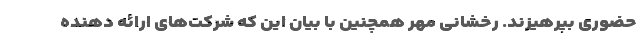
حضوری بپرهیزند. رخشانی مهر همچنین با بیان این که شرکت‌های ارائه دهنده